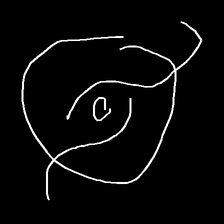
Glyph: repetition